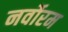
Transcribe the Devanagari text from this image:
नर्वोरम